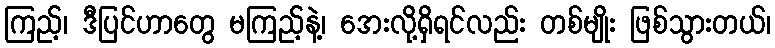
ကြည့်၊ ဒီပြင်ဟာတွေ မကြည့်နဲ့၊ အေးလို့ရှိရင်လည်း တစ်မျိုး ဖြစ်သွားတယ်၊